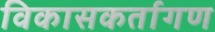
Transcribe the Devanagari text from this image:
विकासकर्तागण